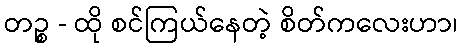
တဉ္စ - ထို စင်ကြယ်နေတဲ့ စိတ်ကလေးဟာ၊